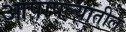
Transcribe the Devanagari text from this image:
आपापल्यातील